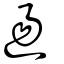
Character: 逿